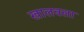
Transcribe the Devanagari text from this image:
खालवला